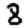
Digit: 8